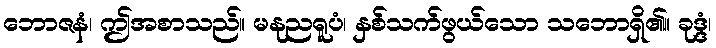
ဘောဇနံ၊ ဤအစာသည်။ မနုညရူပံ၊ နှစ်သက်ဖွယ်သော သဘောရှိ၏။ ခုဒ္ဒံ၊